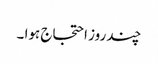
چند روز احتجاج ہوا ۔